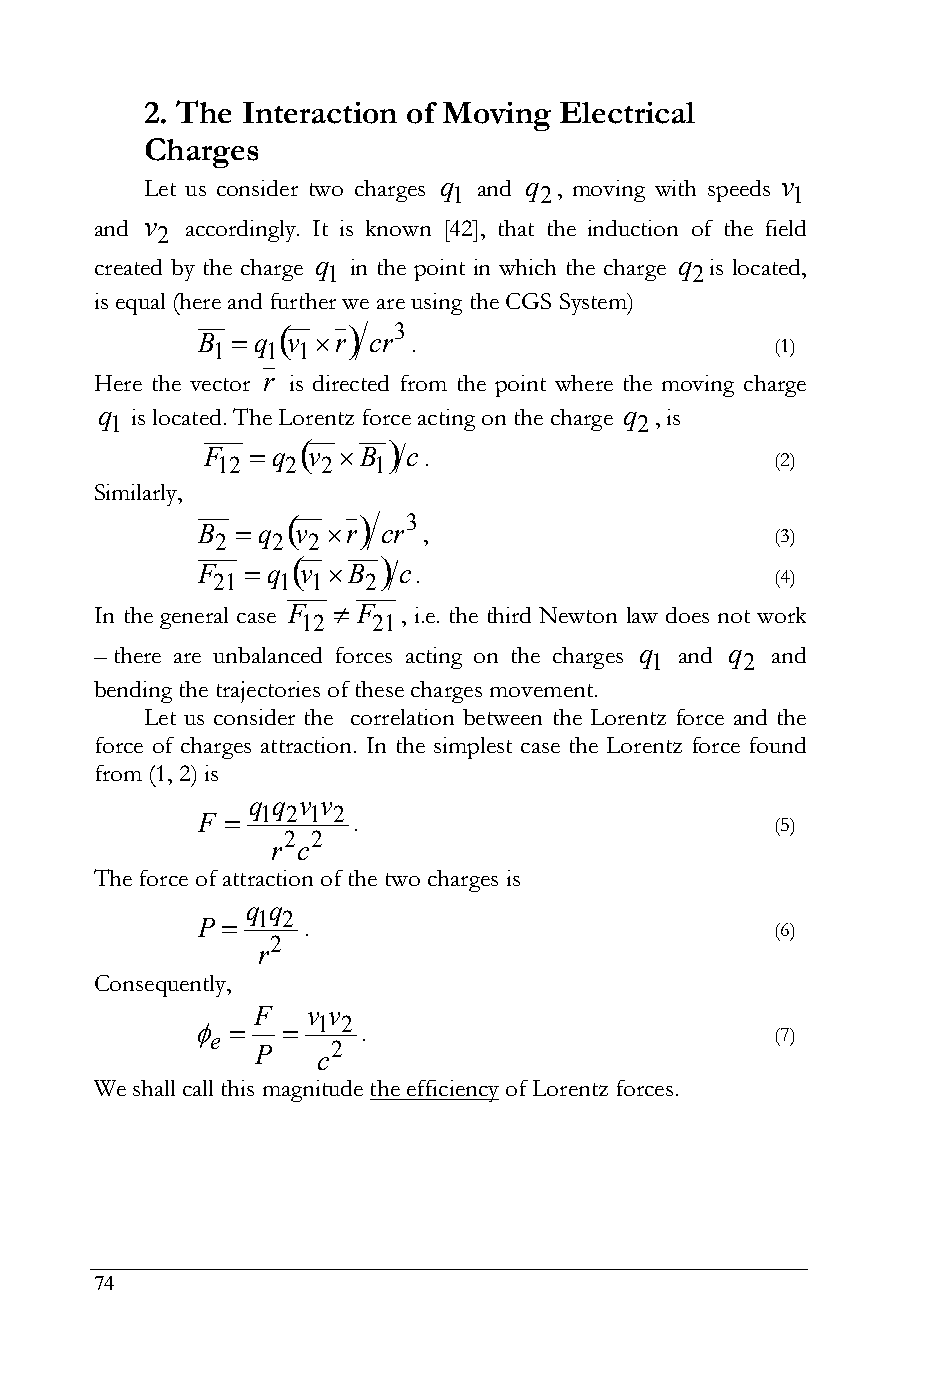
2. The Interaction of Moving Electrical
 Charges
 Let us consider two charges q 1 and q 2, moving with speeds v 1
 and v 2 accordingly. It is known [42], that the induction of the field
 created by the charge q 1 in the point in which the charge q 2is located,
 is equal (here and further we are using the СGS System)
       3
 B 1  q 1 v 1r cr .                  (1)
 Here the vector r is directed from the point where the moving charge
 q 1 is located. The Lorentz force acting on the charge q 2, is
      
 F
 12
  q
 2
 v
 2
 B
 1
 c.
 (2)
 Similarly,
       3
 B 2  q 2 v 2 r cr ,                 (3)
      
 F
 21
  q
 1
 v 1B
 2
 c.
 (4)
 In the general case F  F , i.e. the third Newton law does not work
 12   21
 – there are unbalanced forces acting on the charges q 1 and q 2 and
 bending the trajectories of these charges movement.
 Let us consider the correlation between the Lorentz force and the
 force of charges attraction. In the simplest case the Lorentz force found
 from (1, 2) is
 q q v v
 1 2 1 2
 F        .                           (5)
 2 2
 r c
 The force of attraction of the two charges is
 q q
 1 2
 P     .                              (6)
 2
 r
 Consequently,
 F  v v
 1 2
  e      .                          (7)
 P   c2
 We shall call this magnitude the efficiency of Lorentz forces.
 74